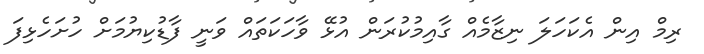
ރިމް އިން އެކަހަލަ ނިޒާމެއް ގާއިމުކުރަން އުޅޭ ވާހަކަތައް ވަނީ ފާޑުކިޔުމަށް ހުށަހެޅިފަ